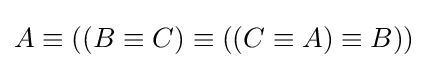
A\equiv ((B\equiv C)\equiv ((C\equiv A)\equiv B))